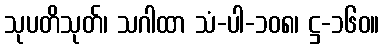
သုပတိသုတ်၊ သဂါထာ သံ-ပါ-၁၀၈၊ ဋ္ဌ-၁၆၀။